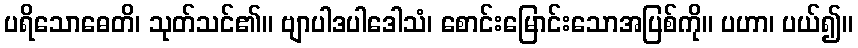
ပရိသောဓေတိ၊ သုတ်သင်၏။ ဗျာပါဒပါဒေါသံ၊ စောင်းမြောင်းသောအပြစ်ကို။ ပဟာ၊ ပယ်၍။